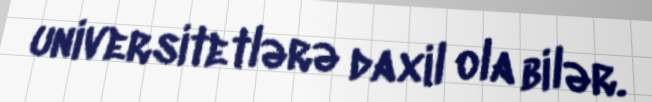
universitetlərə daxil ola bilər.